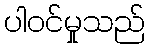
ပါဝင်မှုသည်